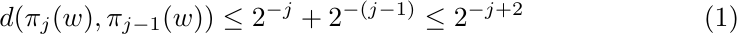
\begin{equation}\label{eq:distance_proj}
d(\pi_j(w),\pi_{j-1}(w)) \leq 2^{-j} + 2^{-(j-1)} \leq 2^{-j+2}
\end{equation}